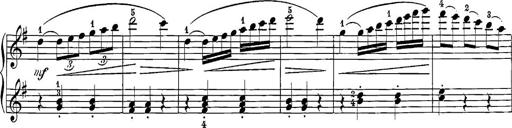
Title: 12 Sonatine per Pianoforte
Composer: Friedrich Kuhlau